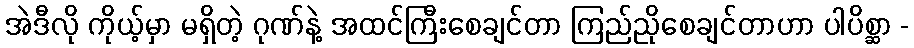
အဲဒီလို ကိုယ့်မှာ မရှိတဲ့ ဂုဏ်နဲ့ အထင်ကြီးစေချင်တာ ကြည်ညိုစေချင်တာဟာ ပါပိစ္ဆာ -